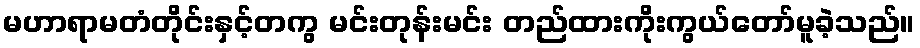
မဟာရာမတံတိုင်းနှင့်တကွ မင်းတုန်းမင်း တည်ထားကိုးကွယ်တော်မူခဲ့သည်။